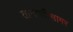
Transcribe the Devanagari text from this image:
तानाजीसागर